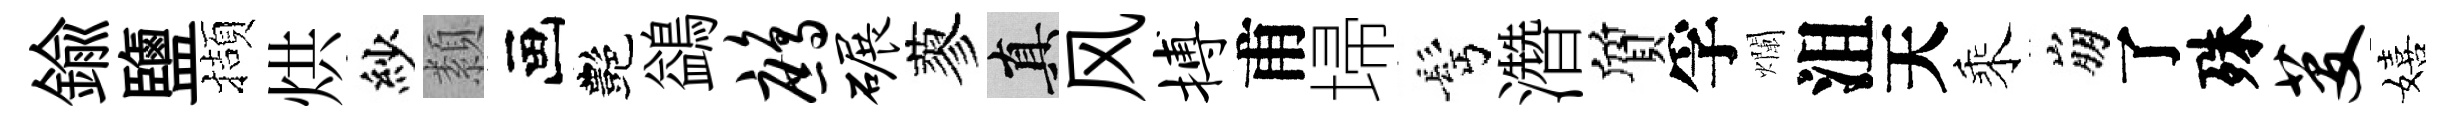
鍮鹽擷烘紗纇画艷鷁鹧碾蓼真风搏甫埽髩濳質孚爛沮天乘崩了殊芟嬉